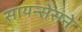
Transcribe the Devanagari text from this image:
सायन्सेसने